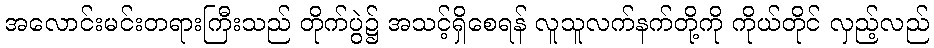
အလောင်းမင်းတရားကြီးသည် တိုက်ပွဲ၌ အသင့်ရှိစေရန် လူသူလက်နက်တို့ကို ကိုယ်တိုင် လှည့်လည်